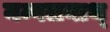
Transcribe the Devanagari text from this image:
मन्गलनाथ्